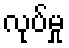
လုပ်မှု